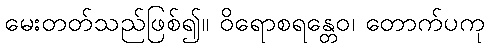
မေးတတ်သည်ဖြစ်၍။ ဝိရောစရန္တေဝ၊ တောက်ပကု